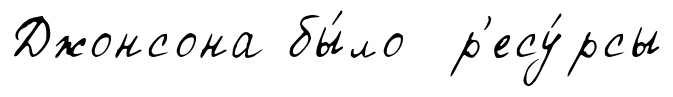
Джонсона бы́ло р'есу́рсы